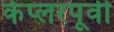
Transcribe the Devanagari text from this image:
केप्लरपूर्वी